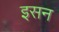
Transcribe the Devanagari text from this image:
इसन